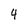
Character: 4